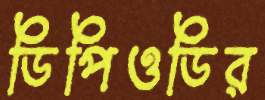
ডিপিওডির